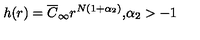
h ( r ) = \overline { { C } } _ { \infty } r ^ { N ( 1 + \alpha _ { 2 } ) } \mathrm { , } \alpha _ { 2 } > - 1